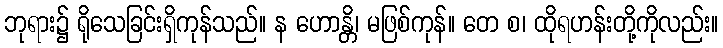
ဘုရား၌ ရိုသေခြင်းရှိကုန်သည်။ န ဟောန္တိ၊ မဖြစ်ကုန်။ တေ စ၊ ထိုရဟန်းတို့ကိုလည်း။